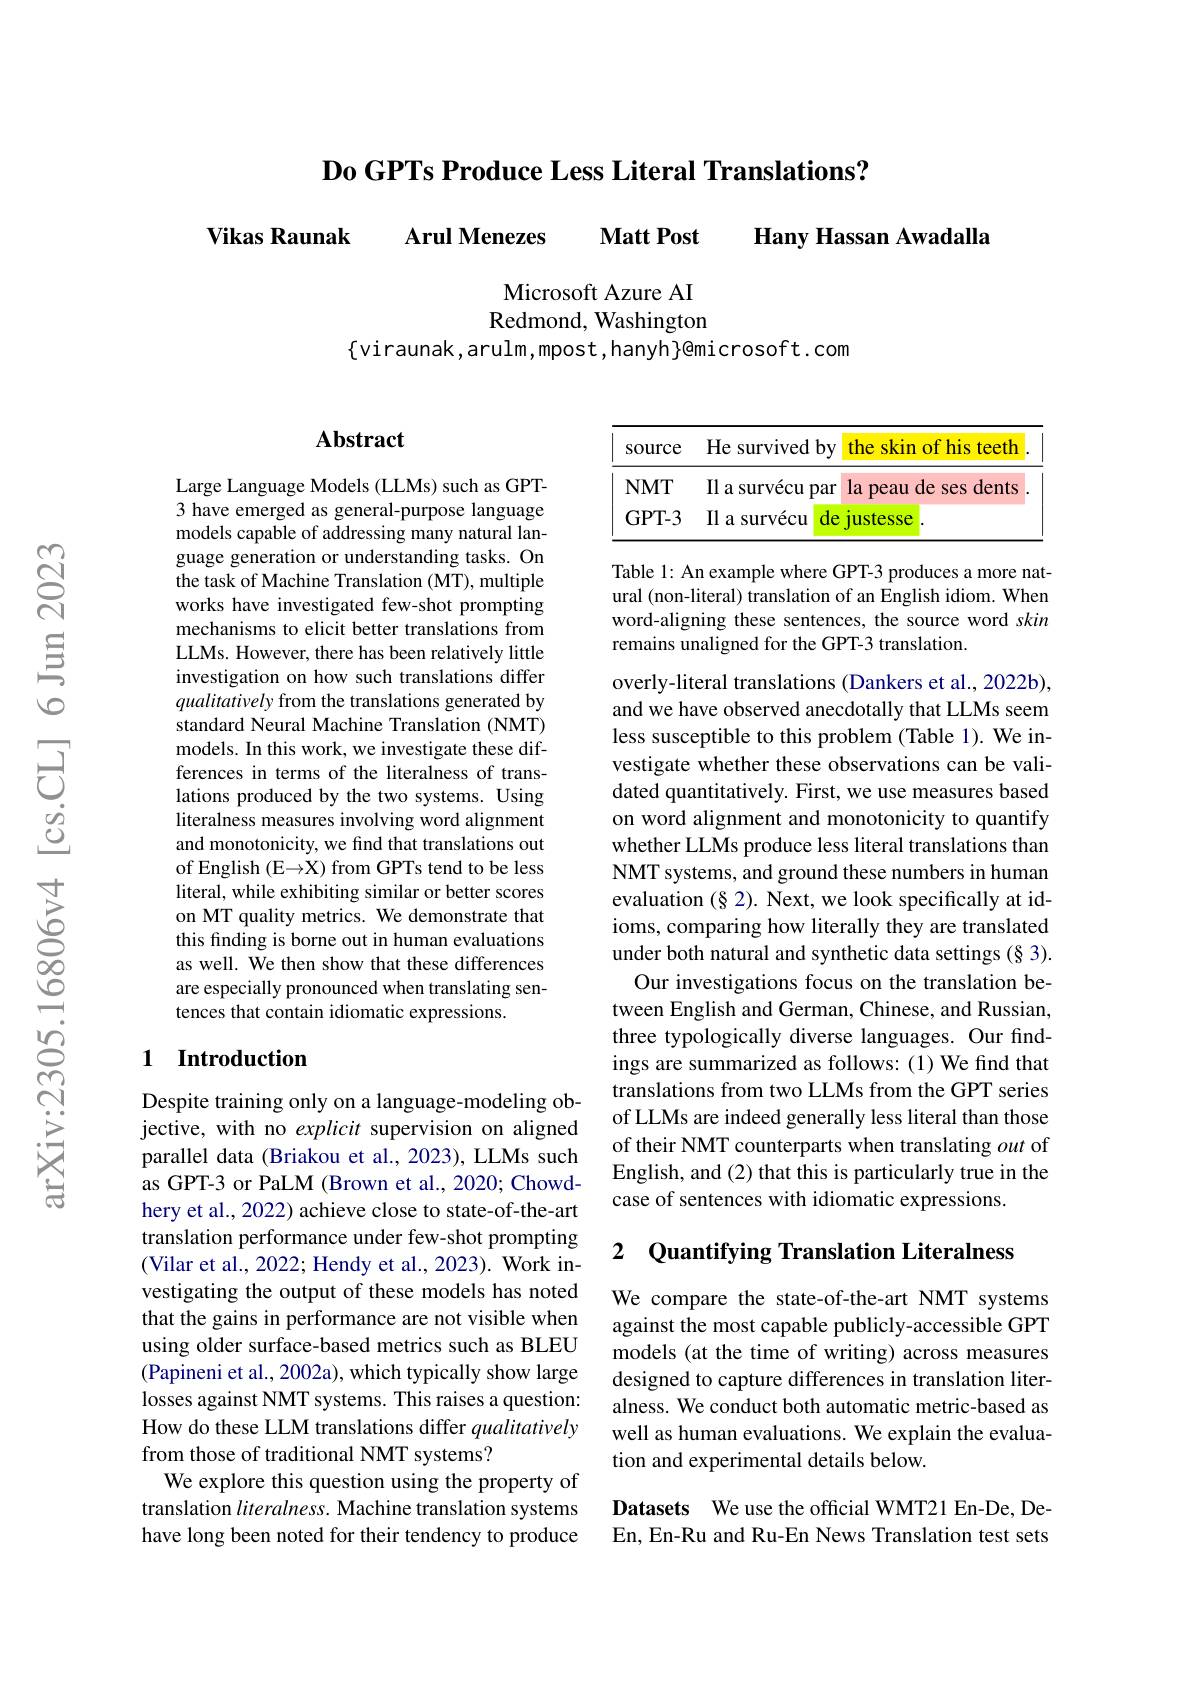
$\mathbf{D_{0}}$ GPTs Produce Less Literal Translations?

Arul Menezes

Vikas Raunak

$\textbf{Matt Post}$

Hany Hassan Awadalla

Microsoft Azure AI Redmond, Washington

$\{$viraunak,arulm,mpost,hanyh$\}$@microsoft.com

## Abstract

Large Language Models (LLMs) such as GPT- 3 have emerged as general-purpose language models capable of addressing many natural language generation or understanding tasks. On the task of Machine Translation (MT), multiple works have investigated few-shot prompting mechanisms to elicit better translations from LLMs. However, there has been relatively little investigation on how such translations differ qualitatively from the translations generated by standard Neural Machine Translation (NMT) models. In this work, we investigate these differences in terms of the literalness of translations produced by the two systems. Using literalness measures involving word alignment and monotonicity, we find that translations out of English (E→X) from GPTs tend to be less literal, while exhibiting similar or better scores on MT quality metrics. We demonstrate that this finding is borne out in human evaluations as well. We then show that these differences are especially pronounced when translating sentences that contain idiomatic expressions.

## 1 Introduction

Despite training only on a language-modeling objective, with no explicit supervision on aligned parallel data (Briakou et al., 2023), LLMs such as GPT-3 or PaLM (Brown et al., 2020; Chowdhery et al., 2022) achieve close to state-of-the-art translation performance under few-shot prompting (Vilar et al., 2022; Hendy et al., 2023). Work investigating the output of these models has noted that the gains in performance are not visible when using older surface-based metrics such as BLEU (Papineni et al., 2002a), which typically show large losses against NMT systems. This raises a question: How do these LLM translations differ qualitatively from those of traditional NMT systems?
We explore this question using the property of translation $literalness.$ Machine translation systems have long been noted for their tendency to produce

<table>
	<tbody>
		<tr>
			<th>SOurce</th>
			<th>survived by He s</th>
			<th>the skin l of his 1</th>
			<th>in of his teeth</th>
			<th> </th>
		</tr>
		<tr>
			<td>$NMT$</td>
			<td>Il a survécu par</td>
			<td>la de ses peau $d$ 11</td>
			<td>de dents .UI ses 1</td>
			<td> </td>
		</tr>
		<tr>
			<td>GPT- 3</td>
			<td>$Il$ as survécu de </td>
			<td>1ustesse</td>
			<td>Se</td>
			<td> </td>
		</tr>
	</tbody>
</table>

Table 1: An example where GPT-3 produces a more natural (non-literal) translation of an English idiom. When word-aligning these sentences, the source word skin remains unaligned for the GPT-3 translation.

overly-literal translations (Dankers et al., 2022b), and we have observed anecdotally that LLMs seem less susceptible to this problem (Table 1). We investigate whether these observations can be validated quantitatively. First, we use measures based on word alignment and monotonicity to quantify whether LLMs produce less literal translations than NMT systems, and ground these numbers in human evaluation $(\S$ 2). Next, we look specifically at idioms, comparing how literally they are translated under both natural and synthetic data settings (§3).
Our investigations focus on the translation between English and German, Chinese, and Russian, three typologically diverse languages. Our findings are summarized as follows: (1) We find that translations from two LLMs from the GPT series of LLMs are indeed generally less literal than those of their NMT counterparts when translating out of English, and (2) that this is particularly true in the case of sentences with idiomatic expressions.

## 2 $\textbf{Quantifying Translation Literalness}$

We compare the state-of-the-art NMT systems against the most capable publicly-accessible GPT models (at the time of writing) across measures designed to capture differences in translation literalness. We conduct both automatic metric-based as well as human evaluations. We explain the evaluation and experimental details below.

Datasets We use the official WMT21 En-De, DeEn, En-Ru and Ru-En News Translation test sets